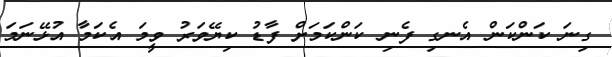
ގިނަ ކަންކަން އެނގި ފެނި ކަންކަމަށް ފާޑު ކިޔޭވަރު ވީމަ އެކަމާ އުޅޭނަމަ